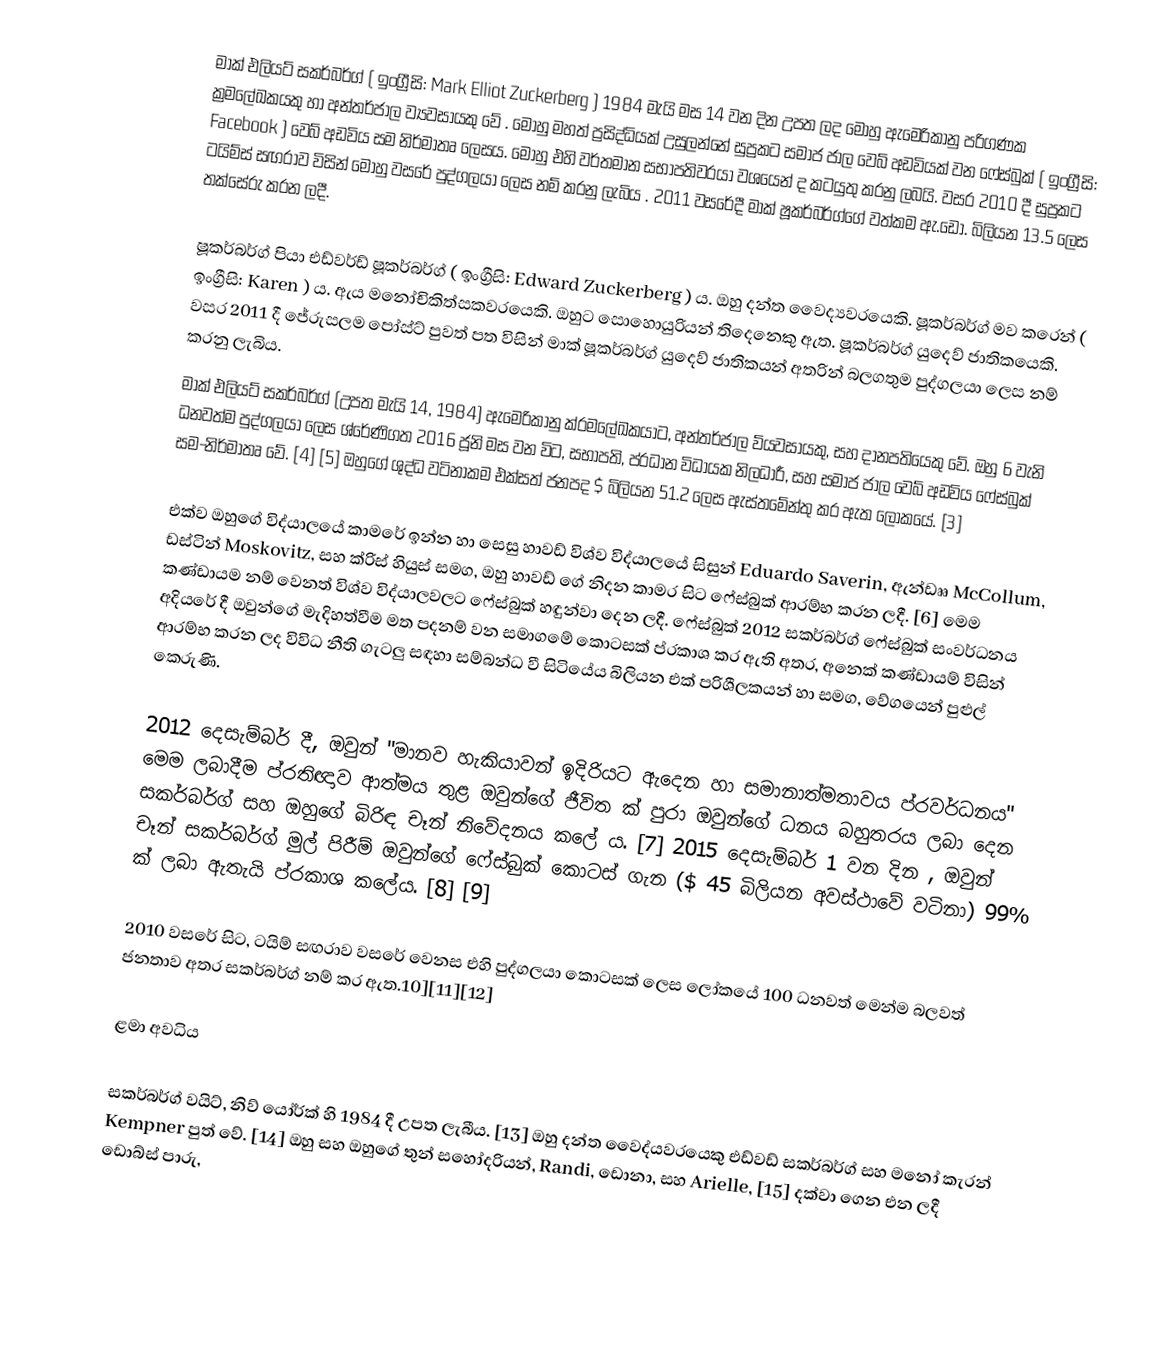
මාක් එලියට් සකර්බර්ග් ( ඉංග්‍රීසි: Mark Elliot Zuckerberg ) 1984 මැයි මස 14 වන දින උපත ලද මොහු ඇමෙරිකානු පරිගණක ක්‍රමලේඛකයකු හා අන්තර්ජාල ව්‍යවසායකු වේ . මොහු මහත් ප්‍රසිද්ධියක් උසුලන්නේ සුප්‍රකට සමාජ ජාල වෙබ් අඩවියක් වන ෆේස්බුක් ( ඉංග්‍රීසි: Facebook ) වෙබ් අඩවිය සම නිර්මාතෘ ලෙසය. මොහු එහි වර්තමාන සභාපතිවරයා වශයෙන් ද කටයුතු කරනු ලබයි. වසර 2010 දී  සුප්‍රකට ටයිම්ස් සඟරාව විසින් මොහු වසරේ පුද්ගලයා ලෙස නම් කරනු ලැබිය . 2011 වසරේදී මාක් ෂූකර්බර්ග්ගේ වත්කම ඇ.ඩො. බිලියන 13.5 ලෙස තක්සේරු කරන ලදී.

ෂූකර්බර්ග් පියා එඩ්වර්ඩ් ෂූකර්බර්ග් ( ඉංග්‍රීසි: Edward Zuckerberg ) ය. ඔහු දන්ත වෛද්‍යවරයෙකි. ෂූකර්බර්ග් මව කරෙන් ( ඉංග්‍රීසි: Karen ) ය. ඇය මනෝචිකිත්සකවරයෙකි. ඔහුට සොහොයුරියන් තිදෙනෙකු ඇත. ෂූකර්බර්ග් යුදෙව් ජාතිකයෙකි. වසර 2011 දී ජේරුසලම පෝස්ට් පුවත් පත විසින් මාක් ෂූකර්බර්ග් යුදෙව් ජාතිකයන් අතරින් බලගතුම පුද්ගලයා ලෙස නම් කරනු ලැබිය.
මාක් එලියට් සකර්බර්ග් (උපත මැයි 14, 1984) ඇමෙරිකානු ක්රමලේඛකයාට, අන්තර්ජාල ව්යවසායකු, සහ දානපතියෙකු වේ. ඔහු 6 වැනි ධනවත්ම පුද්ගලයා ලෙස ශ්රේණිගත 2016 ජූනි මස වන විට, සභාපති, ප්රධාන විධායක නිලධාරී, සහ සමාජ ජාල වෙබ් අඩවිය ෆේස්බුක් සම-නිර්මාතෘ වේ. [4] [5] ඔහුගේ ශුද්ධ වටිනාකම එක්සත් ජනපද $ බිලියන 51.2 ලෙස ඇස්තමේන්තු කර ඇත ලෝකයේ. [3]

එක්ව ඔහුගේ විද්යාලයේ කාමරේ ඉන්න හා සෙසු හාවඩ් විශ්ව විද්යාලයේ සිසුන් Eduardo Saverin, ඇන්ඩෲ McCollum, ඩස්ටින් Moskovitz, සහ ක්රිස් හියුස් සමග, ඔහු හාවඩ් ගේ නිදන කාමර සිට ෆේස්බුක් ආරම්භ කරන ලදී. [6] මෙම කණ්ඩායම නම් වෙනත් විශ්ව විද්යාලවලට ෆේස්බුක් හඳුන්වා දෙන ලදී. ෆේස්බුක් 2012 සකර්බර්ග් ෆේස්බුක් සංවර්ධනය අදියරේ දී ඔවුන්ගේ මැදිහත්වීම මත පදනම් වන සමාගමේ කොටසක් ප්රකාශ කර ඇති අතර, අනෙක් කණ්ඩායම් විසින් ආරම්භ කරන ලද විවිධ නීති ගැටලු සඳහා සම්බන්ධ වී සිටියේය බිලියන එක් පරිශීලකයන් හා සමග, වේගයෙන් පුළුල් කෙරුණි.

2012 දෙසැම්බර් දී, ඔවුන් "මානව හැකියාවන් ඉදිරියට ඇදෙන හා සමානාත්මතාවය ප්රවර්ධනය" මෙම ලබාදීම ප්රතිඥාව ආත්මය තුළ ඔවුන්ගේ ජීවිත ක් පුරා ඔවුන්ගේ ධනය බහුතරය ලබා දෙන සකර්බර්ග් සහ ඔහුගේ බිරිඳ චෑන් නිවේදනය කලේ ය. [7] 2015 දෙසැම්බර් 1 වන දින , ඔවුන් චෑන් සකර්බර්ග් මුල් පිරීම් ඔවුන්ගේ ෆේස්බුක් කොටස් ගැන ($ 45 බිලියන අවස්ථාවේ වටිනා) 99% ක් ලබා ඇතැයි ප්රකාශ කලේය. [8] [9]

2010 වසරේ සිට, ටයිම් සඟරාව වසරේ වෙනස එහි පුද්ගලයා කොටසක් ලෙස ලෝකයේ 100 ධනවත් මෙන්ම බලවත් ජනතාව අතර සකර්බර්ග් නම් කර ඇත.10][11][12]

ළමා අවධිය

සකර්බර්ග් වයිට්, නිව් යෝර්ක් හි 1984 දී උපත ලැබීය. [13] ඔහු දන්ත වෛද්යවරයෙකු එඩ්වඩ් සකර්බර්ග් සහ මනෝ කැරන් Kempner පුත් වේ. [14] ඔහු සහ ඔහුගේ තුන් සහෝදරියන්, Randi, ඩොනා, සහ Arielle, [15] දක්වා ගෙන එන ලදී ඩොබ්ස් පාරු,